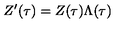
Z ^ { \prime } ( \tau ) = Z ( \tau ) \Lambda ( \tau )